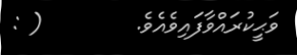
ވަޙީކުރައްވާފައިވެއެވެ.        ( :